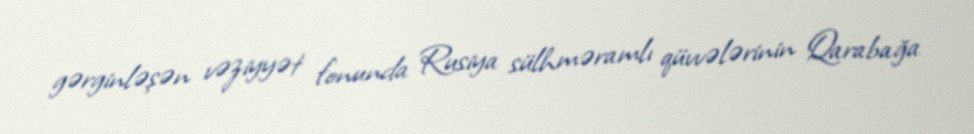
gərginləşən vəziyyət fonunda Rusiya sülhməramlı qüvvələrinin Qarabağa